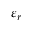
\varepsilon _ { r }